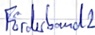
Text: Förderband2